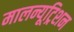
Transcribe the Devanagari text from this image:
मालन्यूट्रिशन